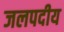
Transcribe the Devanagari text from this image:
जलपदीय